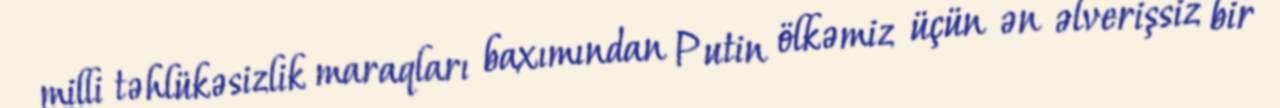
milli təhlükəsizlik maraqları baxımından Putin ölkəmiz üçün ən əlverişsiz bir